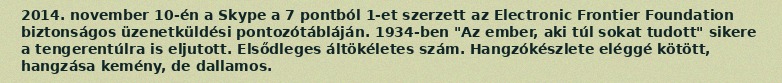
2014. november 10-én a Skype a 7 pontból 1-et szerzett az Electronic Frontier Foundation biztonságos üzenetküldési pontozótábláján. 1934-ben "Az ember, aki túl sokat tudott" sikere a tengerentúlra is eljutott. Elsődleges áltökéletes szám. Hangzókészlete eléggé kötött, hangzása kemény, de dallamos.